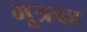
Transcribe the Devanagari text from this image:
मूत्रवह